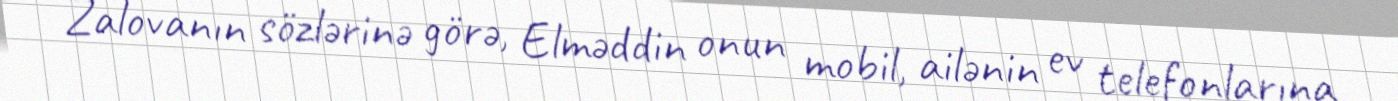
Zalovanın sözlərinə görə, Elməddin onun mobil, ailənin ev telefonlarına